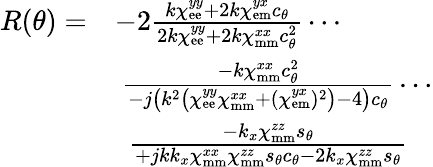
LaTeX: \begin{array}{rl}{R(\theta)=}&{-2\frac{k\chi_{\mathrm{ee}}^{yy}+2k\chi_{\mathrm{em}}^{yx}c_{\theta}}{2k\chi_{\mathrm{ee}}^{yy}+2k\chi_{\mathrm{mm}}^{xx}c_{\theta}^{2}}\cdots}\\ &{\ \frac{-k\chi_{\mathrm{mm}}^{xx}c_{\theta}^{2}}{-j\left(k^{2}\left(\chi_{\mathrm{ee}}^{yy}\chi_{\mathrm{mm}}^{xx}+(\chi_{\mathrm{em}}^{yx})^{2}\right)-4\right)c_{\theta}}\cdots}\\ &{\ \ \frac{-k_{x}\chi_{\mathrm{mm}}^{zz}s_{\theta}}{+jkk_{x}\chi_{\mathrm{mm}}^{xx}\chi_{\mathrm{mm}}^{zz}s_{\theta}c_{\theta}-2k_{x}\chi_{\mathrm{mm}}^{zz}s_{\theta}}}\end{array}